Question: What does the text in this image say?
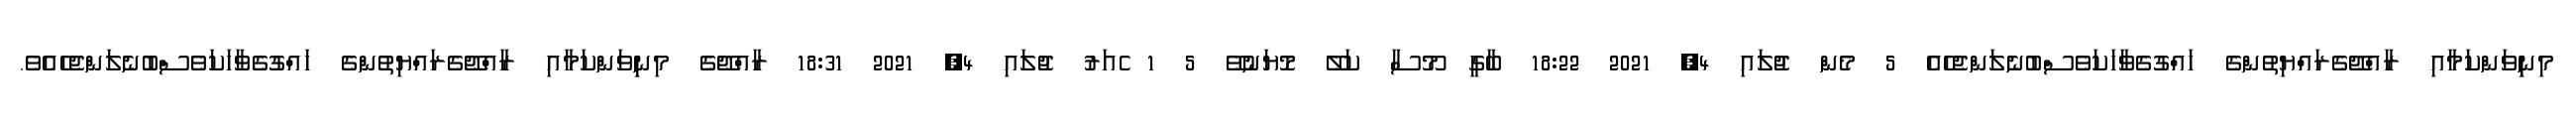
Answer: މިނިިވަންކަމާއި ރާއްޖޭގެރައްޔިތުންގެ ހައްގުގެވާހަކަވެސްބުނެލަންޖެހެއެ 5 މެން ޖުލައި 4, 2021 18:22 ބާގީ މޫސާ ކަލޭ މޮޔަނުވޭ 5 1 ެއަރު ޖުލައި 4, 2021 18:31 ރާއްޖޭގެ މިނިިވަންކަމާއި ރާއްޖޭގެރައްޔިތުންގެ ހައްގުގެވާހަކަވެސްބުނެލަންޖެހެއެވެ.